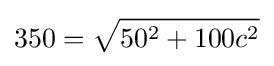
350={\sqrt {50^{2}+100c^{2}}}